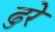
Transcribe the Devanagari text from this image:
ढुरे